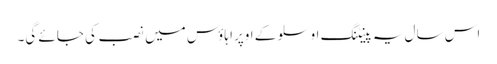
اس سال یہ پینٹنگ اوسلو کے اوپرا ہاؤس میں نصب کی جائے گی۔